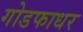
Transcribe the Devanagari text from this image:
गोडफाधर